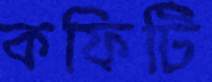
কফিটি